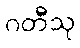
ဂတီသု